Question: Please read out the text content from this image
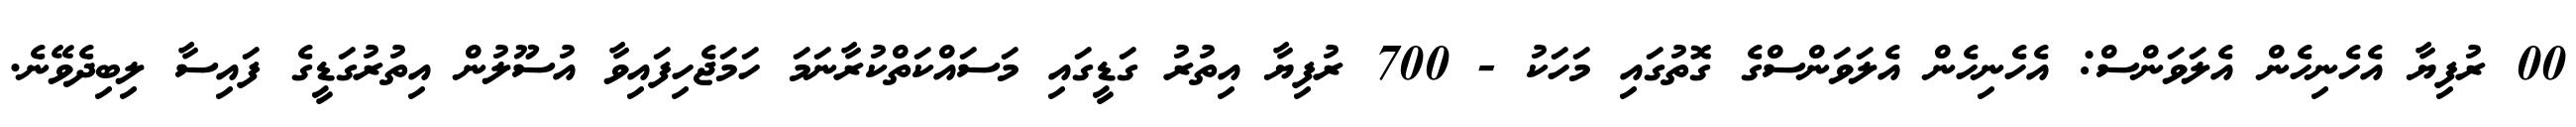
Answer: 00 ރުފިޔާ އެހެނިހެން އެލަވަންސް: އެހެނިހެން އެލަވަންސްގެ ގޮތުގައި މަހަކު - 700 ރުފިޔާ އިތުރު ގަޑީގައި މަސައްކަތްކުރާނަމަ ހަމަޖެހިފައިވާ އުސޫލުން އިތުރުގަޑީގެ ފައިސާ ލިބިދެވޭނެ.